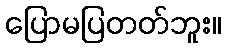
ပြောမပြတတ်ဘူး။